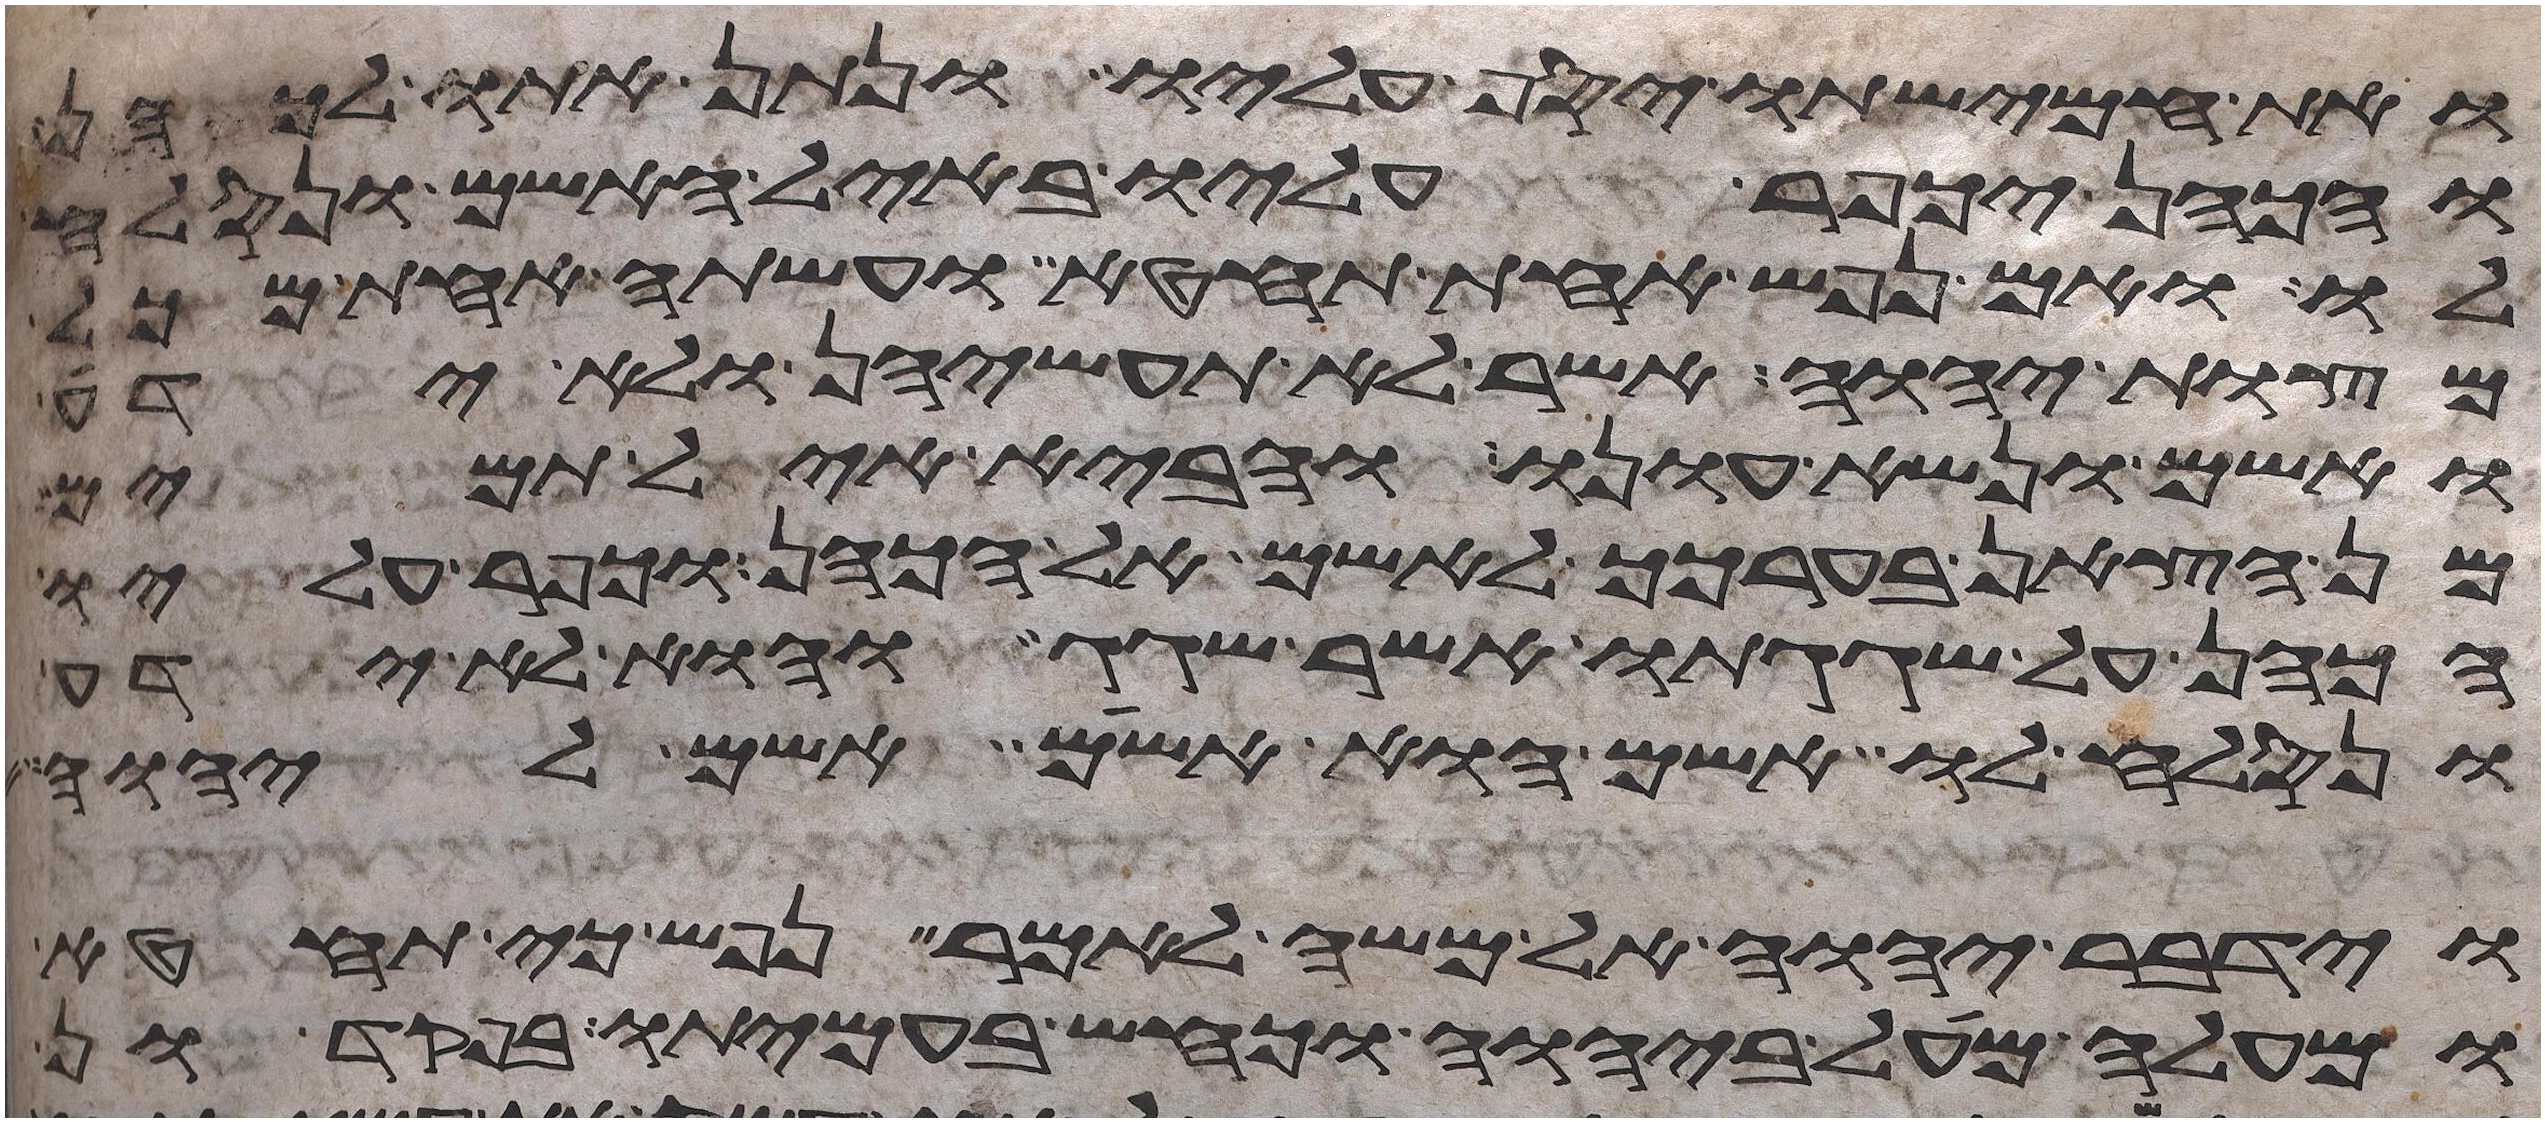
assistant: ואת חמישתו יסף עליו ונתן אתו לכהן
והכהן יכפר עליו באיל האשם ונסלח
לו ואם נפש אחת תחטא ועשתה אחת מכל
מצות יהוה אשר לא תעשיהן ולא ידע
ואשם ונשא עונו והביא איל תמים
מן הצאן בערכך לאשם אל הכהן וכפר עליו
הכהן על שגגתו אשר שגג והוא לא ידע
ונסלח לו אשם הוא אשם אשם ליהוה
וידבר יהוה אל משה לאמר נפש כי תחטא
ומעלה מעל ביהוה וכחש בעמיתו בפקדון